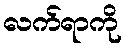
လက်ရာကို